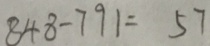
8 4 8 - 7 9 1 = 5 7